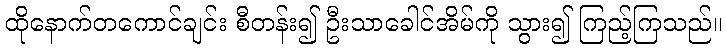
ထိုနောက်တကောင်ချင်း စီတန်း၍ ဦးသာခေါင်အိမ်ကို သွား၍ ကြည့်ကြသည်။